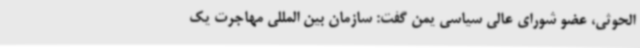
الحوثی، عضو شورای عالی سیاسی یمن گفت: سازمان بین المللی مهاجرت یک